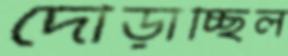
দৌড়াচ্ছিল